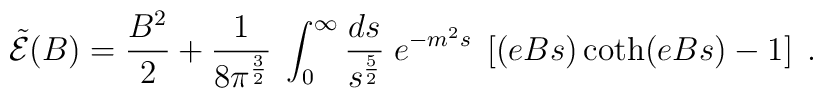
{\tilde {\cal {E}}}(B) =  \frac {B^2} {2}  +  \frac {1} {8 \pi^{\frac {3} {2}} } \;\int_0^{\infty} \frac {ds} {s^{\frac {5} {2}} } \; e^{- m^2 s} \; \left[ (eBs) \coth(eBs) - 1 \right] \; .